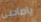
ياصاحبي